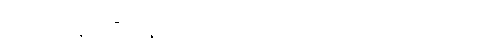
အဲဒီကနေမှ ဦးနှောက်ကို ဗိုင်းရပ်စ်ပိုး ရောက်ရှိသွားတာပါ။